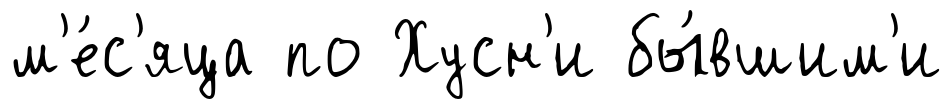
м'е́с'яца по Хусн'и бы́вшим'и